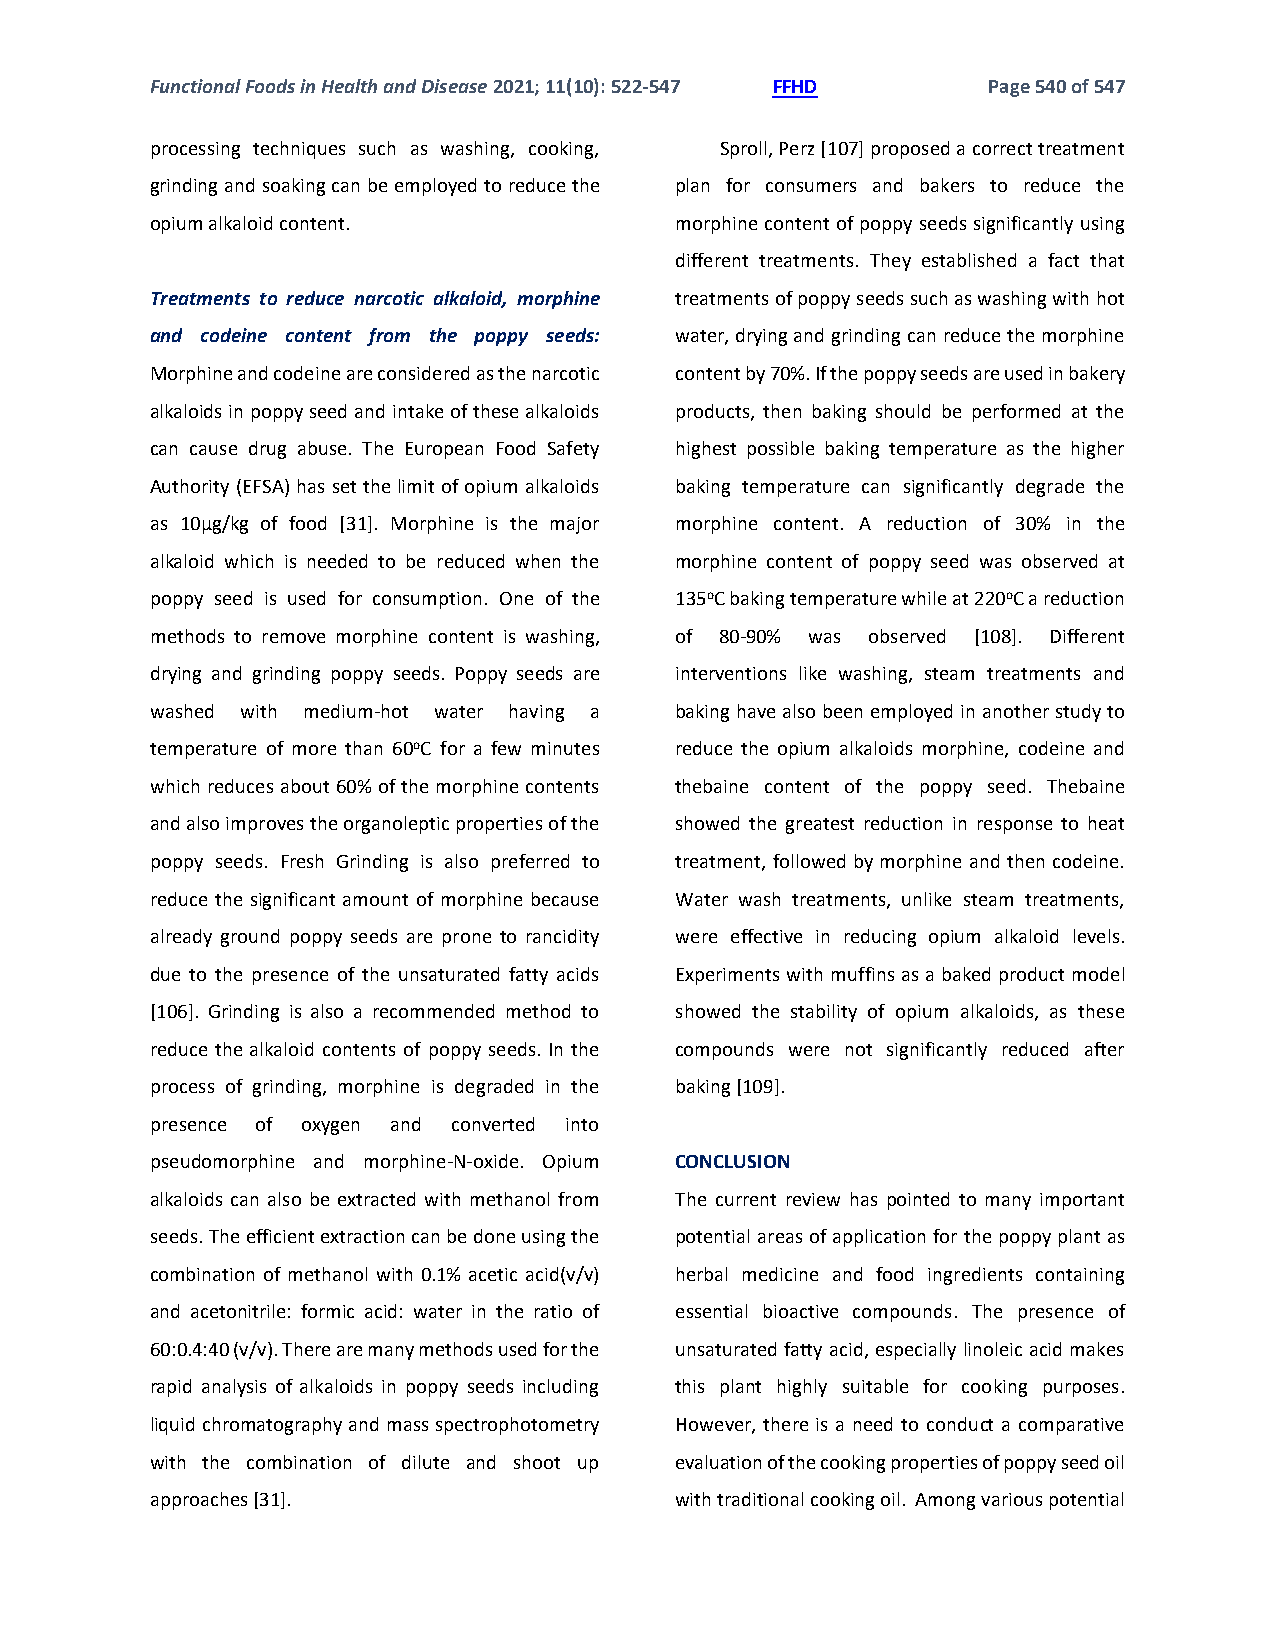
Functional Foods in Health and Disease 2021; 11(10): 522-547 FFHD Page 540 of 547
 processing techniques such as washing, cooking, Sproll, Perz [107] proposed a correct treatment
 grinding and soaking can be employed to reduce the plan for consumers and bakers to reduce the
 opium alkaloid content.            morphine content of poppy seeds significantly using
 different treatments. They established a fact that
 Treatments to reduce narcotic alkaloid, morphine treatments of poppy seeds such as washing with hot
 and codeine content from the poppy seeds: water, drying and grinding can reduce the morphine
 Morphine and codeine are considered as the narcotic content by 70%. If the poppy seeds are used in bakery
 alkaloids in poppy seed and intake of these alkaloids products, then baking should be performed at the
 can cause drug abuse. The European Food Safety highest possible baking temperature as the higher
 Authority (EFSA) has set the limit of opium alkaloids baking temperature can significantly degrade the
 as 10µg/kg of food [31]. Morphine is the major morphine content. A reduction of 30% in the
 alkaloid which is needed to be reduced when the morphine content of poppy seed was observed at
 poppy seed is used for consumption. One of the 135oC baking temperature while at 220oC a reduction
 methods to remove morphine content is washing, of 80-90% was observed [108]. Different
 drying and grinding poppy seeds. Poppy seeds are interventions like washing, steam treatments and
 washed with medium-hot water having a baking have also been employed in another study to
 temperature of more than 60oC for a few minutes reduce the opium alkaloids morphine, codeine and
 which reduces about 60% of the morphine contents thebaine content of the poppy seed. Thebaine
 and also improves the organoleptic properties of the showed the greatest reduction in response to heat
 poppy seeds. Fresh Grinding is also preferred to treatment, followed by morphine and then codeine.
 reduce the significant amount of morphine because Water wash treatments, unlike steam treatments,
 already ground poppy seeds are prone to rancidity were effective in reducing opium alkaloid levels.
 due to the presence of the unsaturated fatty acids Experiments with muffins as a baked product model
 [106]. Grinding is also a recommended method to showed the stability of opium alkaloids, as these
 reduce the alkaloid contents of poppy seeds. In the compounds were not significantly reduced after
 process of grinding, morphine is degraded in the baking [109].
 presence of oxygen and converted into
 pseudomorphine and morphine-N-oxide. Opium CONCLUSION
 alkaloids can also be extracted with methanol from The current review has pointed to many important
 seeds. The efficient extraction can be done using the potential areas of application for the poppy plant as
 combination of methanol with 0.1% acetic acid(v/v) herbal medicine and food ingredients containing
 and acetonitrile: formic acid: water in the ratio of essential bioactive compounds. The presence of
 60:0.4:40 (v/v). There are many methods used for the unsaturated fatty acid, especially linoleic acid makes
 rapid analysis of alkaloids in poppy seeds including this plant highly suitable for cooking purposes.
 liquid chromatography and mass spectrophotometry However, there is a need to conduct a comparative
 with the combination of dilute and shoot up evaluation of the cooking properties of poppy seed oil
 approaches [31].                   with traditional cooking oil. Among various potential